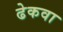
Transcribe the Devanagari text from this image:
ढेकवा